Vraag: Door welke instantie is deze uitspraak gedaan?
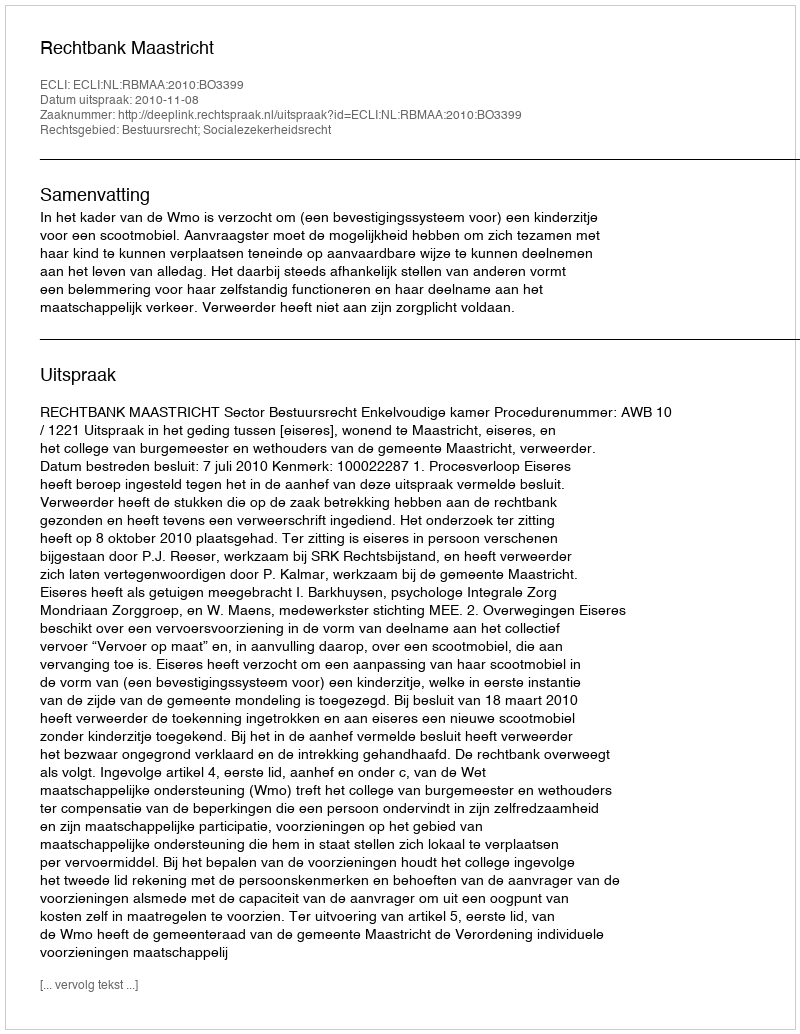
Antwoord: Rechtbank Maastricht